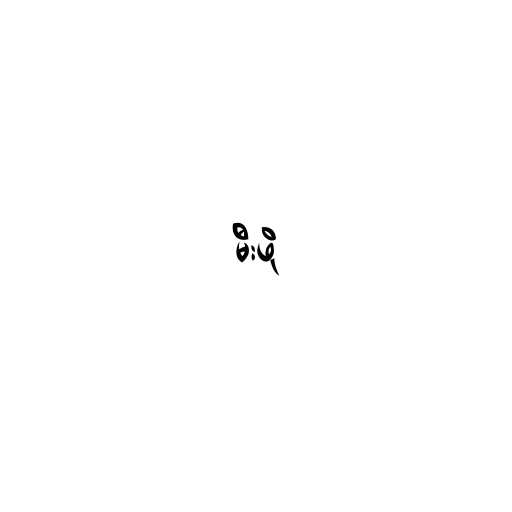
မီးဖို